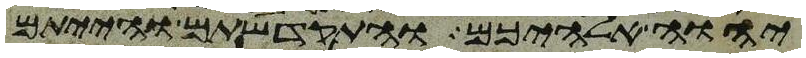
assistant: יהוה אלהיכם והתקדשתם והייתם